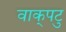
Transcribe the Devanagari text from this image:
वाक्‌पटु